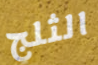
الثلج